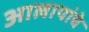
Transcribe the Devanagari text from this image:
आलापांचे